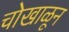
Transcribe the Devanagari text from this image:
चोखाळून